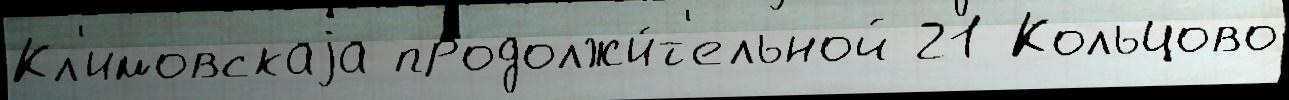
Кл'имовскаjа продолжи́т'ельной 21 Кольцово